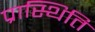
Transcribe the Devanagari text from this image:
प्रास्थिति